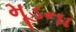
મૂડના